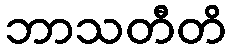
ဘာသတီတိ